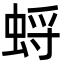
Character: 蛶